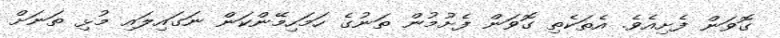
ގޮވަން ފެށިއެވެ. އެތަކެތި ގޮވަން ފެށުމުން ތަނުގެ ހަމަހިމޭންކަން ނަގައިލައި މުޅި ތަނަށް